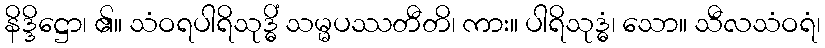
နိဒ္ဒိဋ္ဌော၊ ၏။ သံဝရပါရိသုဒ္ဓိံ သမ္မပဿတီတိ၊ ကား။ ပါရိသုဒ္ဓံ၊ သော။ သီလသံဝရံ၊